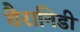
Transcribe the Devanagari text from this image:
वैरानिडी